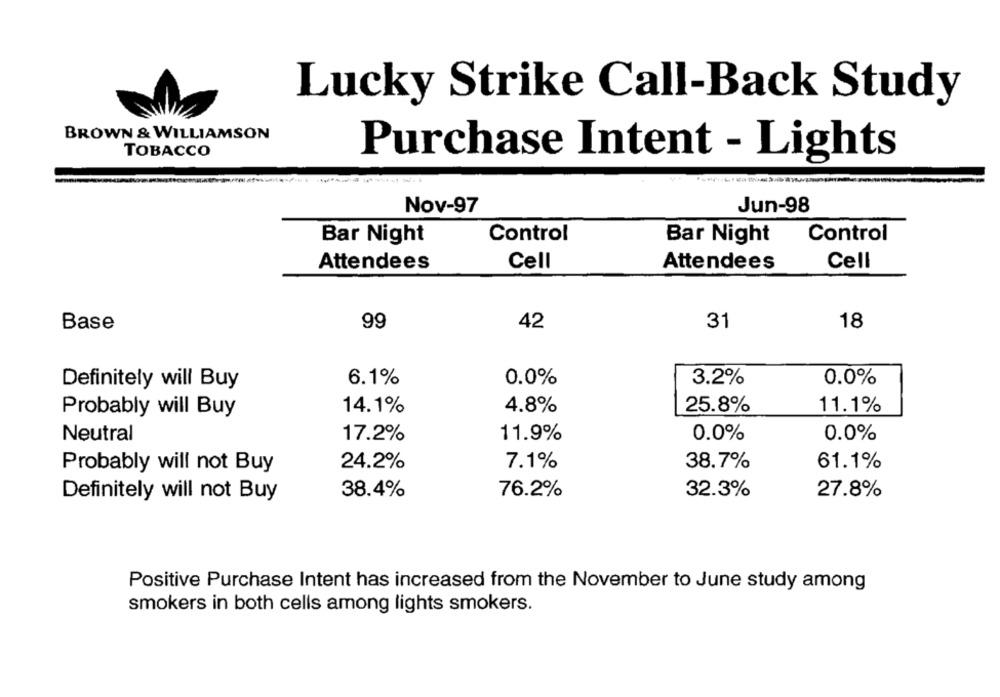
Lucky Strike Call-Back Study
BROWN & WILLIAMSON
TOBACCO
Purchase Intent - Lights
Nov-97
Jun-98
Bar Night
Control
Bar Night
Control
Cell
Cell
Attendees
Attendees
Base
99
42
31
18
6.1%
0.0%
3.2%
0.0%
Definitely will Buy
14.1%
4.8%
25.8%
11.1%
Probably will Buy
Neutral
17.2%
11.9%
0.0%
0.0%
24.2%
7.1%
38.7%
61.1%
Probably will not Buy
38.4%
76.2%
32.3%
27.8%
Definitely will not Buy
Positive Purchase Intent has increased from the November to June study among
smokers in both cells among lights smokers.